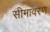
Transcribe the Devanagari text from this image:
सीमावरण